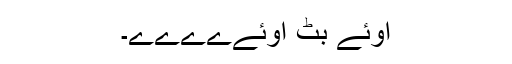
اوئے بٹ اوئےےےےے۔